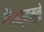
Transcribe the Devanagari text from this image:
गौणत्वामुळे